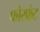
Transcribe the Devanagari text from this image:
फोरफ्रंट